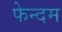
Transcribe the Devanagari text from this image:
फेन्दम